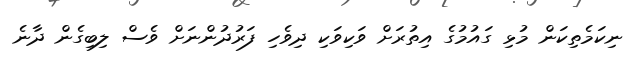
ނިކަމެތިކަން މުޅި ގައުމުގެ އިތުރަށް ވަކިވަކި ދިވެހި ފަރުދުންނަށް ވެސް ލިބިގެން ދާނެ